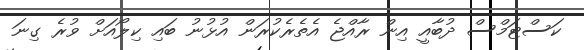
ކަސްޓަމްސް ދުބާއީ އިން ރާއްޖެ އެތެރެކުރަން އުޅުނު ބައި ކިލޯއަށް ވުރެ ގިނަ